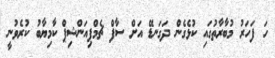
ހަ ފަހަރު މުބާރާތުގައި ކުޅެގެން ދަގަނޑޭ އަށް ސާފް ޗެމްޕިއަންޝިޕް ކާމިޔާބު ކުރެވުނީ